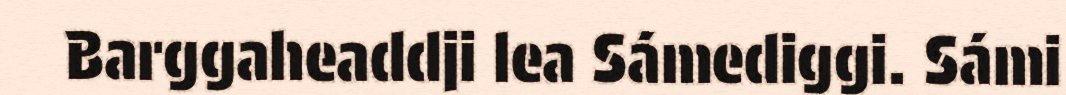
Barggaheaddji lea Sámediggi. Sámi